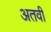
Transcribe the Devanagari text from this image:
अतवी